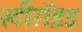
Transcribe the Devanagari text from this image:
स्टीरॉइड